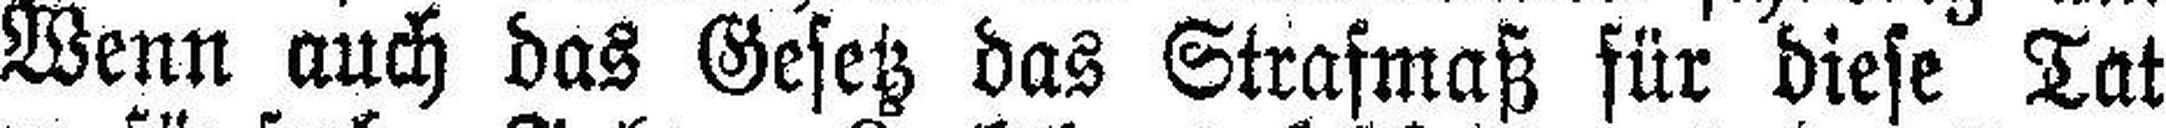
Wenn auch das Gesetz das Strafmaß für diese Tat